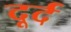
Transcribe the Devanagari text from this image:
दूर्द